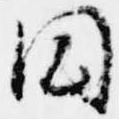
円